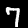
Label: 7